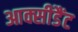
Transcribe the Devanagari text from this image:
आक्सीडैंट